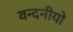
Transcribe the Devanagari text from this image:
वन्दनीयो